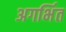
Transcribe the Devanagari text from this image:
अगर्भित